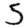
Digit: 5